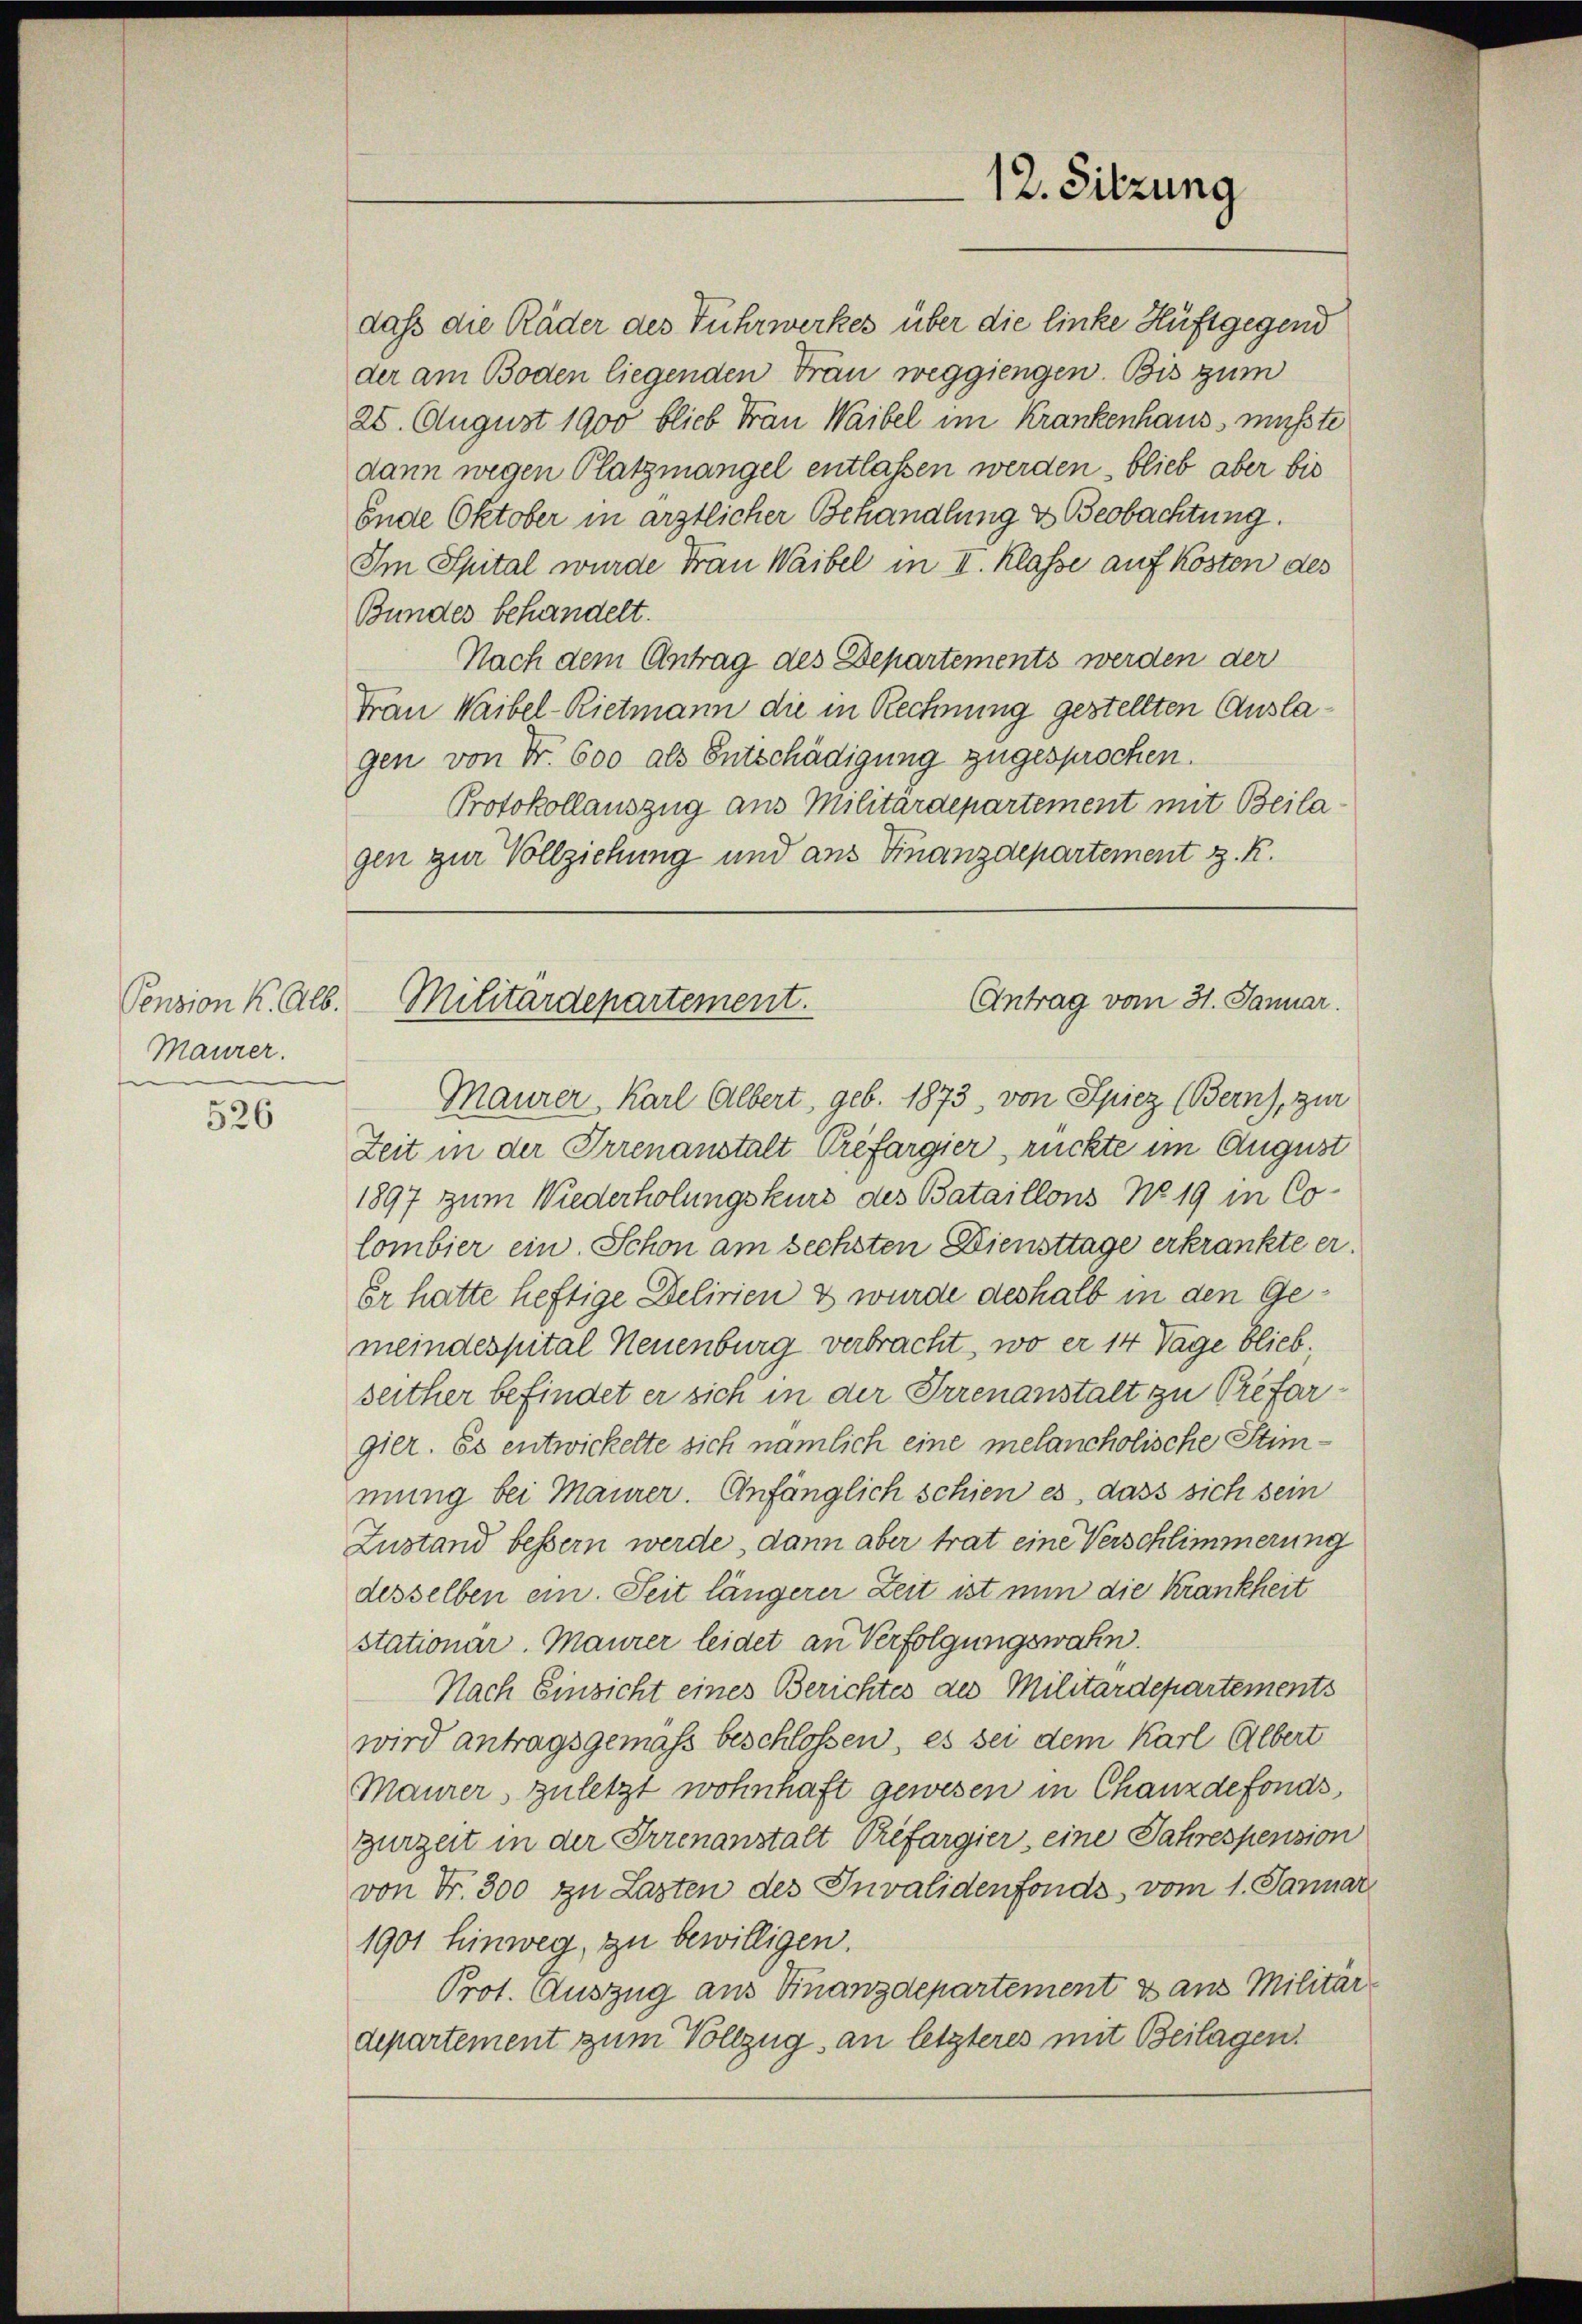
Pension K. Alb.
Maurer.

526

dass die Räder des Fuhrwerkes über die linke Huftgegend
der am Boden liegenden Frau weggiengen. Bis zum
28. August 1900 blieb Frau Waibel im Krankenhaus musste
dann wegen Platzmangel entlassen werden, blieb aber bis
Ende Oktober in ärztlicher Behandlung & Beobachtung.
Im Spital wurde Frau Waibel in II. Klasse auf Kosten des
Bundes behandelt.
Nach dem Antrag des Departements werden der
Frau Waibel-Rietmann die in Rechnung gestellten Auslagen von Fr. 600 als Entschädigung zugesprochen.
Protokollauszug aus Militärdepartement mit Beila
gen zur Vollziehung und aus Finanzdepartement z. R.

12. Sitzung

Antrag vom 31. Januar.
Militärdepartement.

Maurer, Karl Albert, geb. 1873, von Spiez (Bern), zur
Zeit in der Irrenanstalt Préfargier rückte im August
1897 zum Wiederholungskurs des Bataillons No 19 in Co¬
Combier ein. Schon am sechsten Diensttage erkrankte er.
Er hatte heftige Delirien & wurde deshalb in den Gemeindespital Neuenburg verbracht, wo er 14 Tage blieb,
seither befindet er sich in der Irrenanstalt zu Préfargier. Es entwickelte sich nämlich eine melancholische Stimmung bei Maurer. Anfänglich schien es, dass sich sein
Zustand bessern werde, dann aber trat eine Verschlimmerung
desselben ein. Seit längerer Zeit ist nun die Krankheit
stationar. Maurer leidet an Verfolgungswahn.
Nach Einsicht eines Berichtes des Militärdepartements
wird antragsgemäß beschlossen, es sei dem Karl Albert
Maurer, zuletzt wohnhaft gewesen in Chanzdefonds,
Gurzeit in der Irrenanstalt Préfargier, eine Jahrespension
von Fr. 300 zu Lasten des Invalidenfonds vom 1. Januar
1901 hinweg, zu bewilligen.
Prot. Auszug aus Finanzdepartement & aus Militär-
departement zum Vollzug an letzteres mit Beilagen.